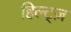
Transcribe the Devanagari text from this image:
हिल्ट्ज़